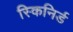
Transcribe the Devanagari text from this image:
स्किनिर्ड